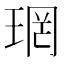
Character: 𪻫